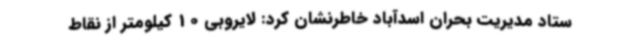
ستاد مدیریت بحران اسدآباد خاطرنشان کرد: لایروبی 10 کیلومتر از نقاط